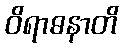
ဝိရာဓနာတိ